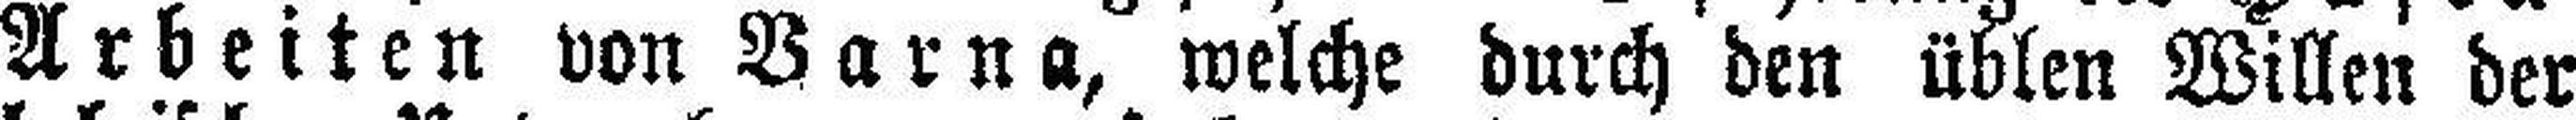
Arbeiten von Varna, welche durch den üblen Willen der